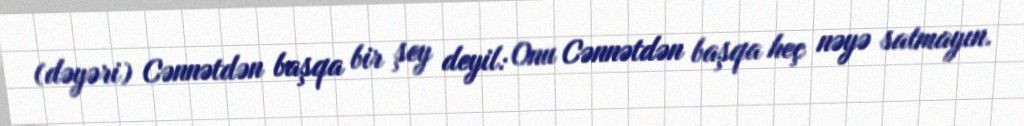
(dəyəri) Cənnətdən başqa bir şey deyil: Onu Cənnətdən başqa heç nəyə satmayın.